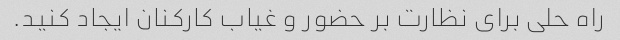
راه حلی برای نظارت بر حضور و غیاب کارکنان ایجاد کنید.